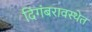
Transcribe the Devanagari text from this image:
दिगंबरावस्थेत